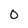
Character: 0